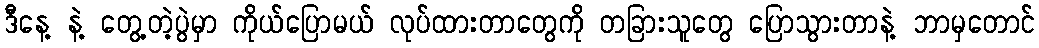
ဒီနေ့ နဲ့ တွေ့တဲ့ပွဲမှာ ကိုယ်ပြောမယ် လုပ်ထားတာတွေကို တခြားသူတွေ ပြောသွားတာနဲ့ ဘာမှတောင်